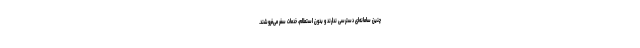
چنین سامانه‌ای دسترسی ندارند و بدون استعلام، خدمات سفر می‌فروشند.